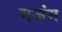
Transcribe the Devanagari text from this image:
मजंग